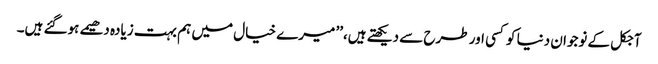
آجکل کے نوجوان دنیا کوکسی اور طرح سے دیکھتے ہیں،’’ میرے خیال میں ہم بہت زیادہ دھیمے ہوگئے ہیں۔